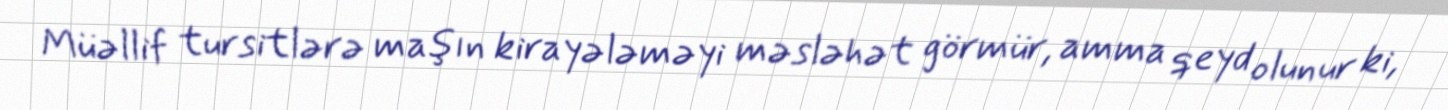
Müəllif tursitlərə maşın kirayələməyi məsləhət görmür, amma qeyd olunur ki,